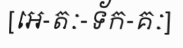
[អេ-តៈ-ទ័ក-គៈ]